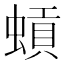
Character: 𫋐